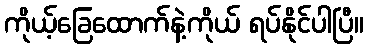
ကိုယ့်ခြေထောက်နဲ့ကိုယ် ရပ်နိုင်ပါပြီ။